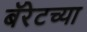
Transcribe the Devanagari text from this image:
बॅरेटच्या